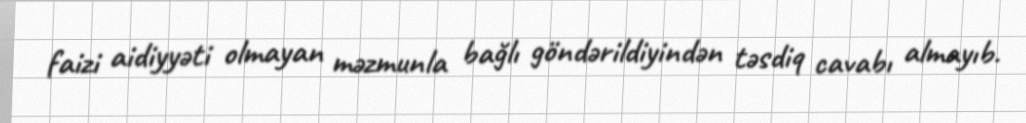
faizi aidiyyəti olmayan məzmunla bağlı göndərildiyindən təsdiq cavabı almayıb.